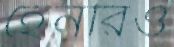
হেনরিও